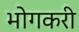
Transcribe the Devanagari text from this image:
भोगकरी